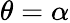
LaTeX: \theta=\alpha